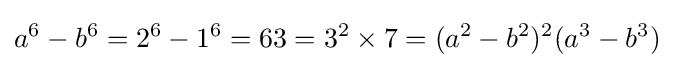
a^{6}-b^{6}=2^{6}-1^{6}=63=3^{2}\times 7=(a^{2}-b^{2})^{2}(a^{3}-b^{3})